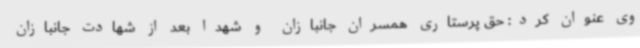
وی عنوان کرد: حق پرستاری همسران جانبازان و شهدا بعد از شهادت جانبازان